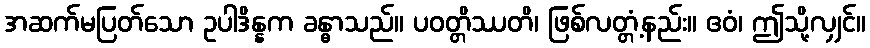
အဆက်မပြတ်သော ဥပါဒိန္နက ခန္ဓာသည်။ ပဝတ္တိဿတိ၊ ဖြစ်လတ္တံ့နည်း။ ဧဝံ၊ ဤသို့လျှင်။